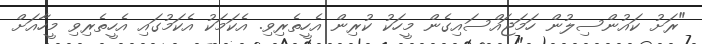
"ރަށު ކައުންސިލުން ހަމަޖައްސައިގެން މީހަކު ކުރިން އެހީތެރިވި. އެކަމަކު އެކަމުގައި އެހީތެރިވި މީހާއަށް